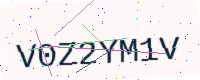
Text: V0Z2YM1V